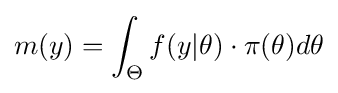
m(y)=\int _{\Theta }f(y|\theta )\cdot \pi (\theta )d\theta